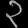
Digit: ၃